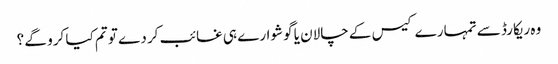
وہ ریکارڈ سے تمہارے کیس کے چالان یا گوشوارے ہی غائب کر دے تو تم کیا کرو گے ؟